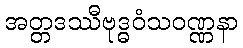
အတ္တဒဿီဗုဒ္ဓဝံသဝဏ္ဏနာ